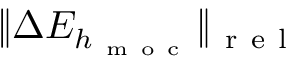
\| \Delta E _ { h _ { \mathrm { ~ m ~ o ~ c ~ } } } \| _ { \mathrm { ~ r ~ e ~ l ~ } }